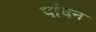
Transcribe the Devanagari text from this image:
पांदन